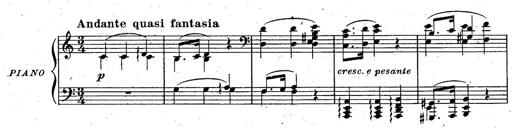
Title: God Save the Queen
Composer: Charles LÃ©on Hess
Key: A major